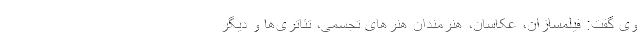
وی گفت: فیلمسازان، عکاسان، هنرمندان هنرهای تجسمی، تئاتری‌ها و دیگر